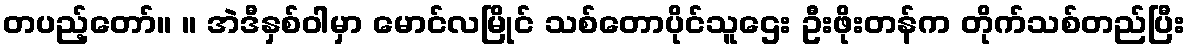
တပည့်တော်။ ။ အဲဒီနှစ်ဝါမှာ မောင်လမြိုင် သစ်တောပိုင်သူဌေး ဦးဖိုးတန်က တိုက်သစ်တည်ပြီး